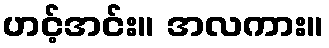
ဟင့်အင်း။ အလကား။